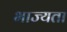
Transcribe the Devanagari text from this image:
भाज्यता